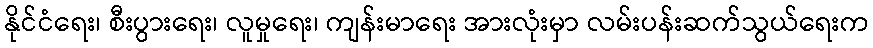
နိုင်ငံရေး၊ စီးပွားရေး၊ လူမှုရေး၊ ကျန်းမာရေး အားလုံးမှာ လမ်းပန်းဆက်သွယ်ရေးက